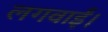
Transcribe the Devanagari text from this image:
लगवाईं।